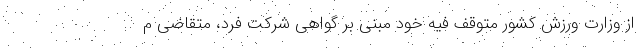
از وزارت ورزش کشور متوقف فیه خود مبنی بر گواهی شرکت فرد، متقاضی م